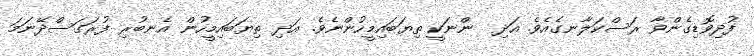
ފުދިވޮޑިގެންވާ ރަސްކަލާނގެއެވެ. އަދި  ންނަކީ ތިޔަބައިމީހުންނެވެ. އަދި ތިޔަބައިމީހުން އެނބުރި ފުރަގަސްދޭނަމަ